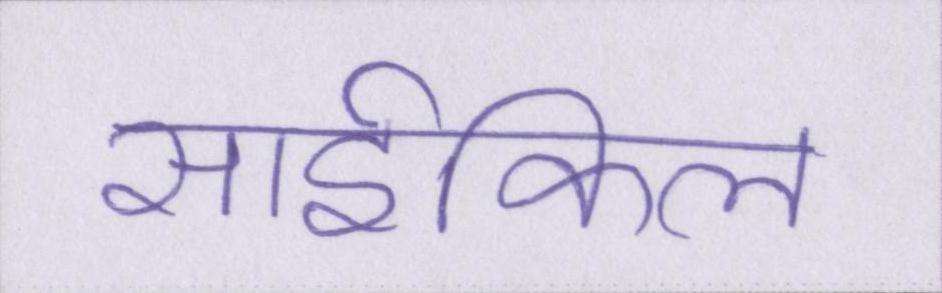
साईकिल